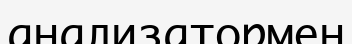
анализатормен